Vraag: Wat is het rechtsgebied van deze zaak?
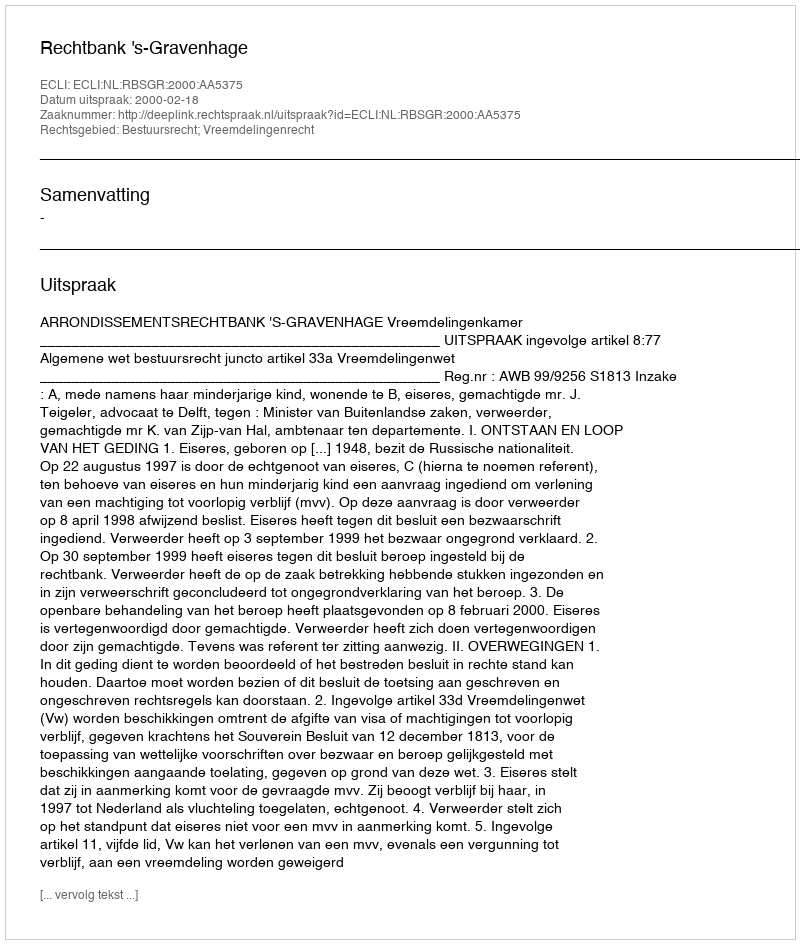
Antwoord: Bestuursrecht; Vreemdelingenrecht